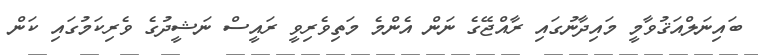
ބައިނަލްއަޤުވާމީ މައިދާނުގައި ރާއްޖޭގެ ނަން އެންމެ މަތިވެރިވީ ރައީސް ނަޝީދުގެ ވެރިކަމުގައި ކަން